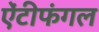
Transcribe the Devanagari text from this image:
ऐंटीफंगल